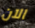
الآن